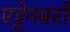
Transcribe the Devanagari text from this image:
एट्टेनबरो